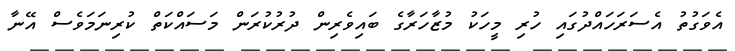
އެވަގުތު އެސަރަހައްދުގައި ހުރި މީހަކު މުޒާހަރާގެ ބައިވެރިން ދުރުކުރަން މަސައްކަތް ކުރިނަމަވެސް އޭނާ